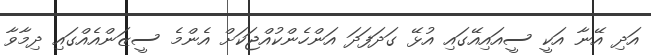
އަދި އޭނާ އަކީ ސީއައިއޭގައި އުޅޭ ގަދަފަދަ އަންހެންކުއްޖަކަށް އެންމެ ސީޒަންއެއްގައި ދިމާވާ